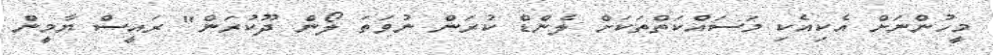
މީހުންނަށް އެކިއެކި މަސައްކަތްތަކަށް ލެންޑް ކުރަން ނުވަތަ ލޯން ދޫކުރަން" ރައީސް ޔާމީން